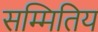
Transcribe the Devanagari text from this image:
सम्मितिय